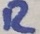
Text: R